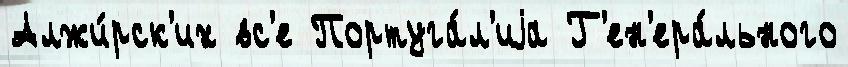
Алжи́рск'их вс'е Португа́л'иjа Г'ен'ера́льного